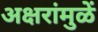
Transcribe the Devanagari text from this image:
अक्षरांमुळें